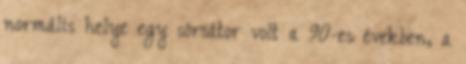
normális helye egy sörsátor volt a 90-es években, a